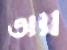
তায়